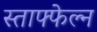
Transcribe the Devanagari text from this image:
स्ताफ्फेल्न